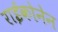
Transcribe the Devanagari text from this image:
राईकोनेन